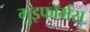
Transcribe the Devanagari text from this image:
गुइफॉर्मस्